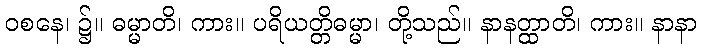
ဝစနေ၊ ၌။ ဓမ္မာတိ၊ ကား။ ပရိယတ္တိဓမ္မာ၊ တို့သည်။ နာနတ္ထာတိ၊ ကား။ နာနာ